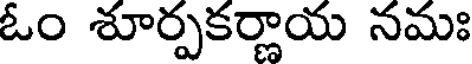
ఓం శూర్పకర్ణాయ నమః